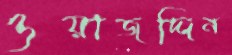
ওয়াজদ্দিন